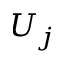
U _ { j }